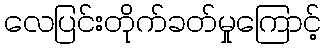
လေပြင်းတိုက်ခတ်မှုကြောင့်